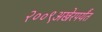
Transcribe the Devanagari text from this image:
२००९अखेरपर्यंत